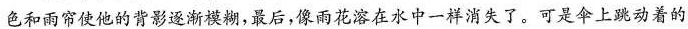
色和雨帘使他的背影逐渐模糊，最后，像雨花溶在水中一样消失了。可是伞上跳动着的